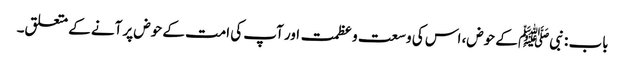
باب : نبیﷺ کے حوض، اس کی وسعت و عظمت اور آپ کی امت کے حوض پر آنے کے متعلق۔